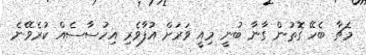
މެޗާ ބެހޭ ގޮތުން ގާނާ ބުނީ މިއީ ވަރަށް އުފާވެރި އިހުސާސެއް ކުރެވޭނެ